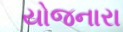
યોજનારા